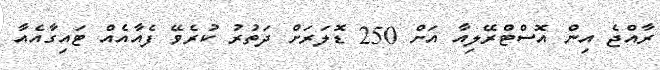
ރާއްޖެ އިން އޮސްޓްރޭލިއާ އަށް 250 ޑޮލަރަށް ދަތުރު ކުރެވޭ ފެއާއެއް ޓައިގާއެއާ